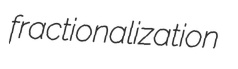
fractionalization